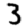
Digit: 3